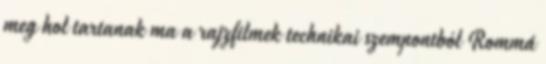
meg hol tartanak ma a rajzfilmek technikai szempontból Rommá